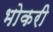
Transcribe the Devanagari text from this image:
भोकरी